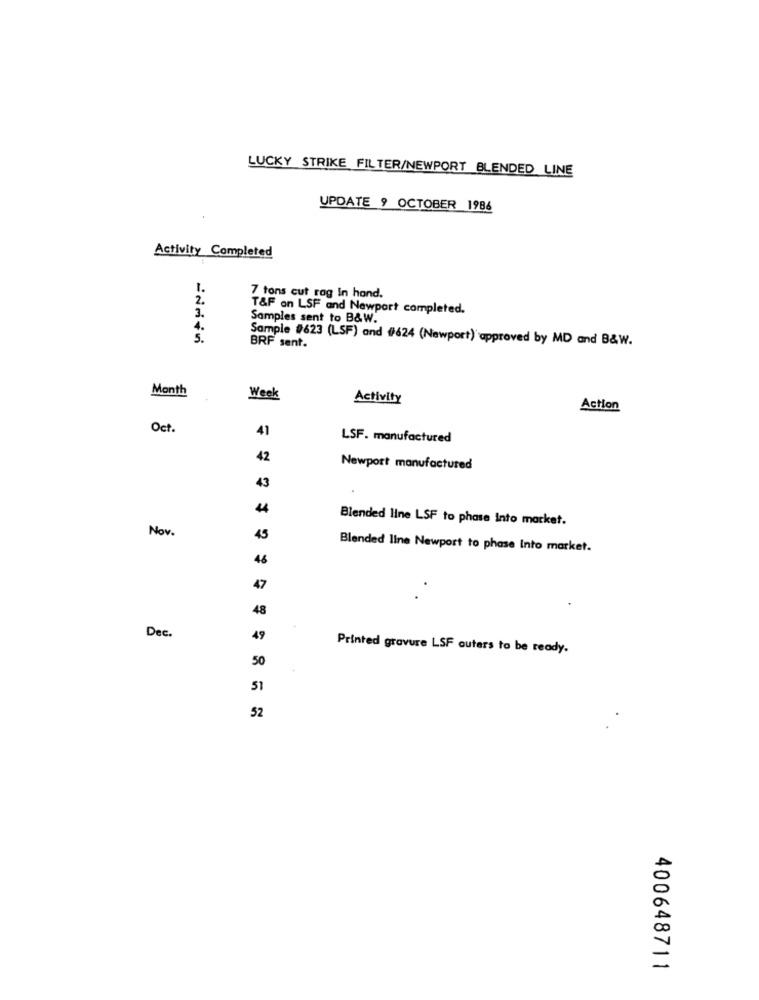
LUCKY STRIKE FILTER/NEWPORT BLENDED LINE
UPDATE 9 OCTOBER 1986
Activity Completed
1.
2.
7 tons cut rag In hand.
T&F on LSF and Newport completed.
3.
Samples sent to B&W.
BRF sent.
Sample #623 (LSF) and #624 (Newport) approved by MD and B&W.
Month
Week
Activity
Action
Oct.
41
LSF. manufactured
42
Newport manufactured
43
44
Blended line LSF to phase Into market.
Nov.
45
Blended line Newport to phase Into market.
46
47
48
Dec.
49
Printed gravure LSF outers to be ready.
50
51
52
400648711